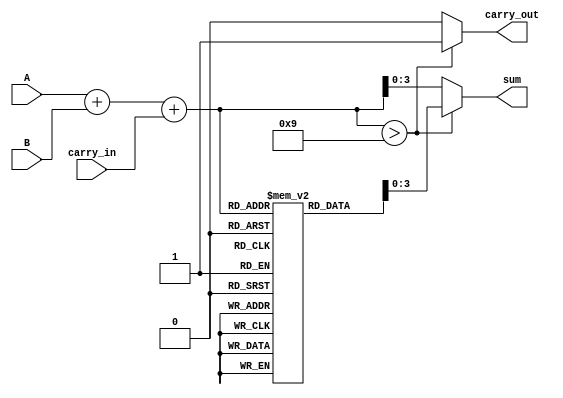
module BCD_LUT_Adder (
    input [3:0] A,                // 4-bit BCD input A
    input [3:0] B,                // 4-bit BCD input B
    input carry_in,               // 1-bit carry input
    output reg [3:0] sum,         // 4-bit BCD output sum
    output reg carry_out          // 1-bit carry output
);

    reg [4:0] binary_sum;         // 5-bit sum to accommodate overflow
    reg [4:0] LUT [0:18];         // Look-Up Table for BCD correction

    initial begin
        // Initialize the LUT for BCD adjustment
        LUT[0]  = 5'b00000; // 0
        LUT[1]  = 5'b00001; // 1
        LUT[2]  = 5'b00010; // 2
        LUT[3]  = 5'b00011; // 3
        LUT[4]  = 5'b00100; // 4
        LUT[5]  = 5'b00101; // 5
        LUT[6]  = 5'b00110; // 6
        LUT[7]  = 5'b00111; // 7
        LUT[8]  = 5'b01000; // 8
        LUT[9]  = 5'b01001; // 9
        LUT[10] = 5'b01010; // 10 -> 0 + 6 = 6
        LUT[11] = 5'b01011; // 11 -> 1 + 6 = 7
        LUT[12] = 5'b01100; // 12 -> 2 + 6 = 8
        LUT[13] = 5'b01101; // 13 -> 3 + 6 = 9
        LUT[14] = 5'b01110; // 14 -> 4 + 6 = 10
        LUT[15] = 5'b01111; // 15 -> 5 + 6 = 11
        LUT[16] = 5'b10000; // 16 -> 6 + 6 = 12
        LUT[17] = 5'b10001; // 17 -> 7 + 6 = 13
        LUT[18] = 5'b10010; // 18 -> 8 + 6 = 14
    end

    always @(*) begin
        // Step 1: Perform the initial binary addition
        binary_sum = A + B + carry_in;

        // Step 2: Check for BCD adjustment using the LUT
        if (binary_sum > 9) begin
            sum = LUT[binary_sum]; // BCD adjustment
            carry_out = 1'b1;       // Set carry_out since sum exceeds 9
        end else begin
            sum = binary_sum[3:0]; // Valid BCD result (0-9)
            carry_out = 1'b0;       // No carry out
        end
    end

endmodule